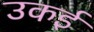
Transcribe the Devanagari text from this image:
उकई